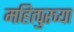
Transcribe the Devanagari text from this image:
महित्पुरच्या